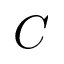
C